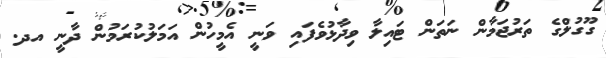
ގޫގުލްގެ ތަރުޖަމާން ނަތަން ޓައިލާ ވިދާޅުވެފައި ވަނީ އެމީހުން އަމަލުކުރަމުން ދާނީ އދ.